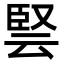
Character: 𭆳